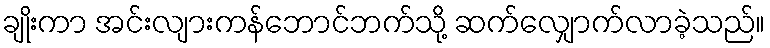
ချိုးကာ အင်းလျားကန်ဘောင်ဘက်သို့ ဆက်လျှောက်လာခဲ့သည်။